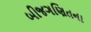
બીજગણિતના